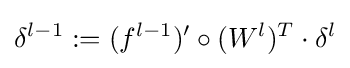
\delta ^{l-1}:=(f^{l-1})'\circ (W^{l})^{T}\cdot \delta ^{l}